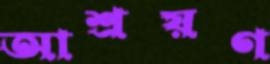
আশ্রয়ণ